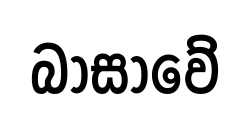
බාසාවේ